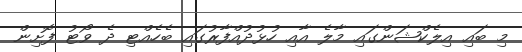
މި ބައި އިލެކްޝަންގައި މާލެ އާއި ހުޅުދުއްފާރުގައި ބެހެއްޓި ދެ ވޯޓު ފޮށިން